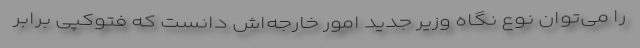
را می‌توان نوع نگاه وزیر جدید امور خارجه‌اش دانست که فتوکپی برابر